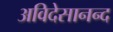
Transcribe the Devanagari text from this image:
अविदेसानन्द